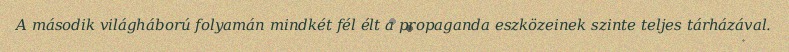
A második világháború folyamán mindkét fél élt a propaganda eszközeinek szinte teljes tárházával.